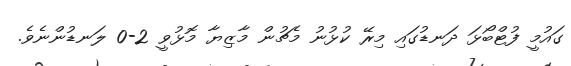
ގައުމީ ފުޓްބޯޅަ ދަނޑުގައި މިރޭ ކުޅުނު މެޗުން މާޒިޔާ މޮޅުވީ 2-0 ލަނޑުންނެވެ.